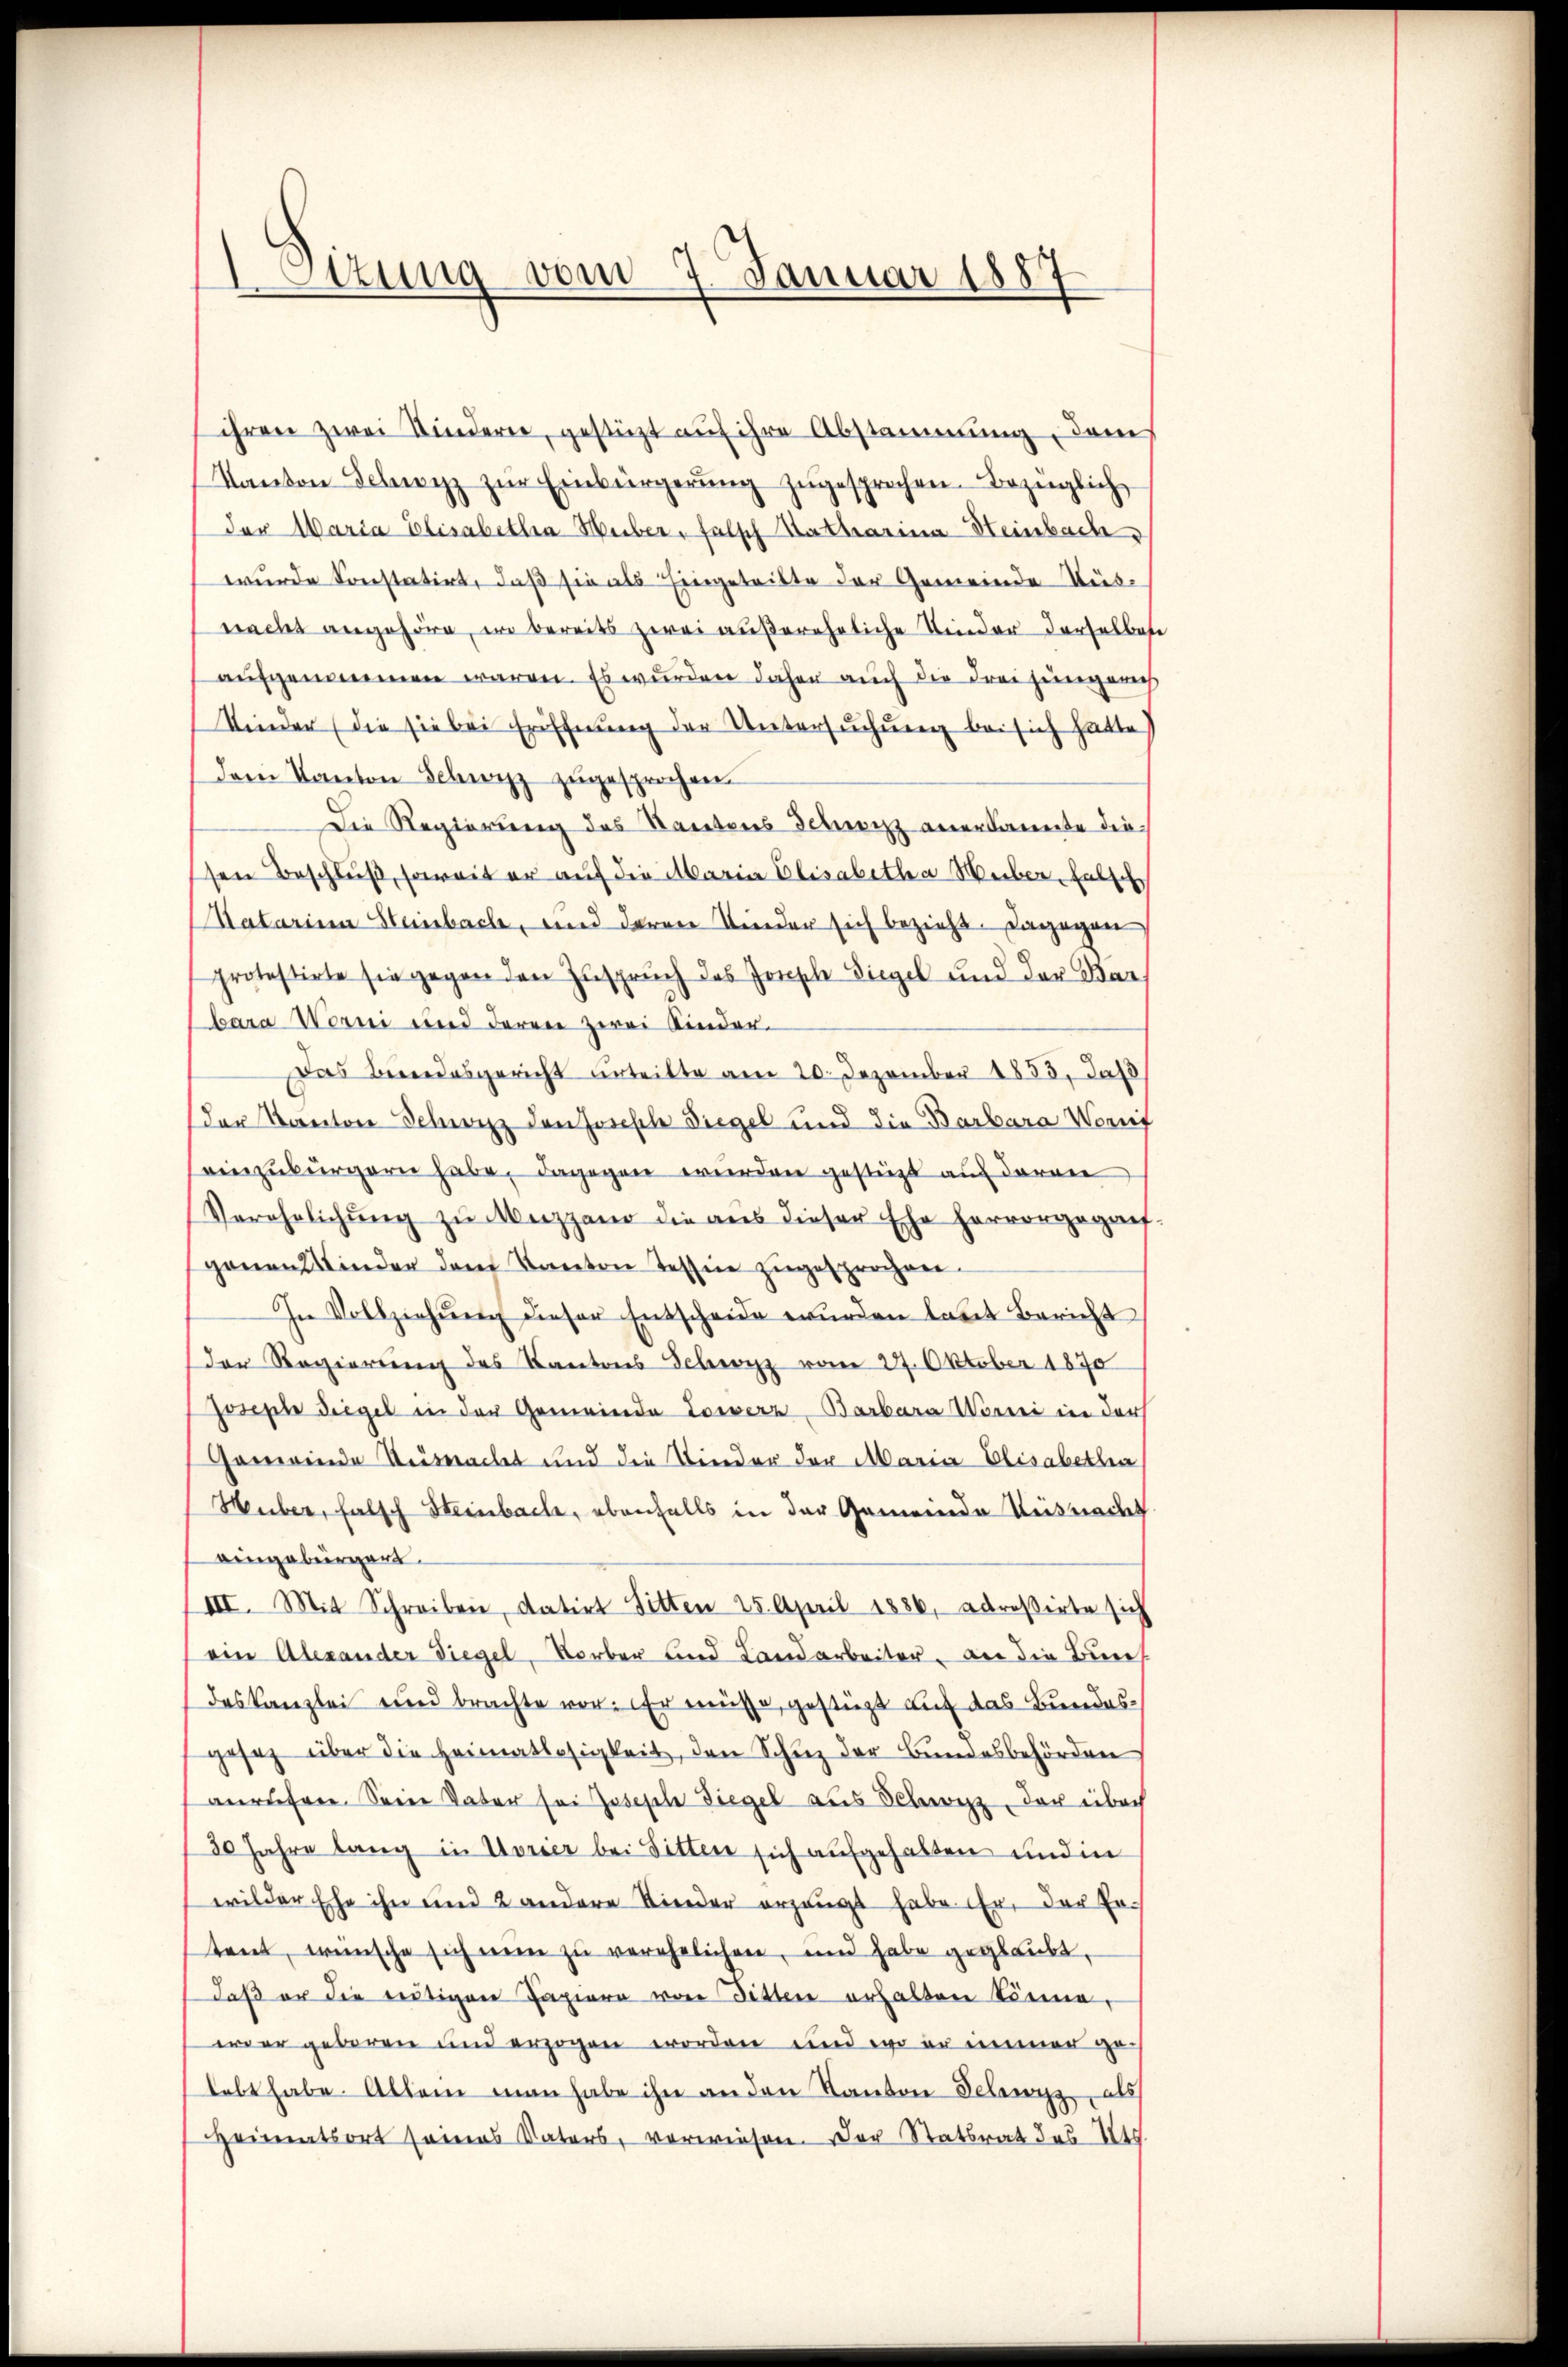
Sizung vom 7. Januar 188

ihren zwei Kindern, gestüzt auf ihre Abstammung, dem
Kanton Schwyz zŭr Einbürgerŭng zugesprochen. Bezüglich
der Waria Elisabetha Huber, falsch Katharina Heinbach
wurde konstatirt, daß sie als Eingetritte der Gemeinde Ausnacht angehöre, wo bereits zwei außereheliche Kinder derselben
aufgenommen waren. Es wurden daher auch die Freihungerich
Kinder (die sie bei Eröffnung der Untersuchung bei sich hatte
dem Kanton Schwyz zŭgesprochen.
Die Regierung des Kantons Schwitz anerkannte diesen Beschluß, soweit er auf die Maria Elisabetha Weber, falsche
Katarina Steinbach, und deren Kinder sich bezieht. Dagegen
protestirte sie gegen den Zuspruch des Jonsche Siegel und der Bar
bara Worni und deren zwei Kinder.
Das Beredesgericht unteilte am 20. Dezember 1853. Jah
(der Kanton Schwyz den Josisch Siegel und die Barbara Wort
einzubürgern habe, dagegen wurden gestüzt auf deren
Verehelichung zu Mezgano die aus dieser Ehe hervorgeganf-
ganen Kinder dem Kanton Tessine zugesprochen.
In Vollziehŭng dieser Entscheide wurden laut Bericht
Der Regierung des Kantons Schwyz vom 27. Oktober 1870
Joseph Siegel in der Gemeinde Lowerz-Barbara Wortei in der
Gemeinde Auswachet und die Kinder der Maria Elisabetha
Huber, falsch Steinbache, ebenfalls in der Gemeinde Retracht
bingebürgert
III. Mit Schreiben, datirt Sitten 25. April 1886, adreßirte sich
ein Alexander Siegel, Vorber und Landarbeiter, an die Bun
deskanzlei und brachte vor: Er müsse, gestüzt auf das Bundesgesetz über die Heimatlosigkeit, den Schuz der Bundesbehörden
anrufen. Sein Vater sei Joseph Siegel aus Schwyz, der über
30 Jahre lang in Vorier bei Sitten sich aufgehalten und in
wilder Ehe ihn und 2 andere Kinder erzeugt habe. Er, der Er-
tent, wünsche sich nein zu verehelichen, und habe geglaubt,
daß er die reitigen Papiere von Sitten erhalten könne,
wer geboren und erzogen worden und wo er immer ge-
lebt habe. Allein man habe ihn an den Kanton Schwyz, als
Heimatsort seines Vaters, verwiesen. Der Statsrat des St.